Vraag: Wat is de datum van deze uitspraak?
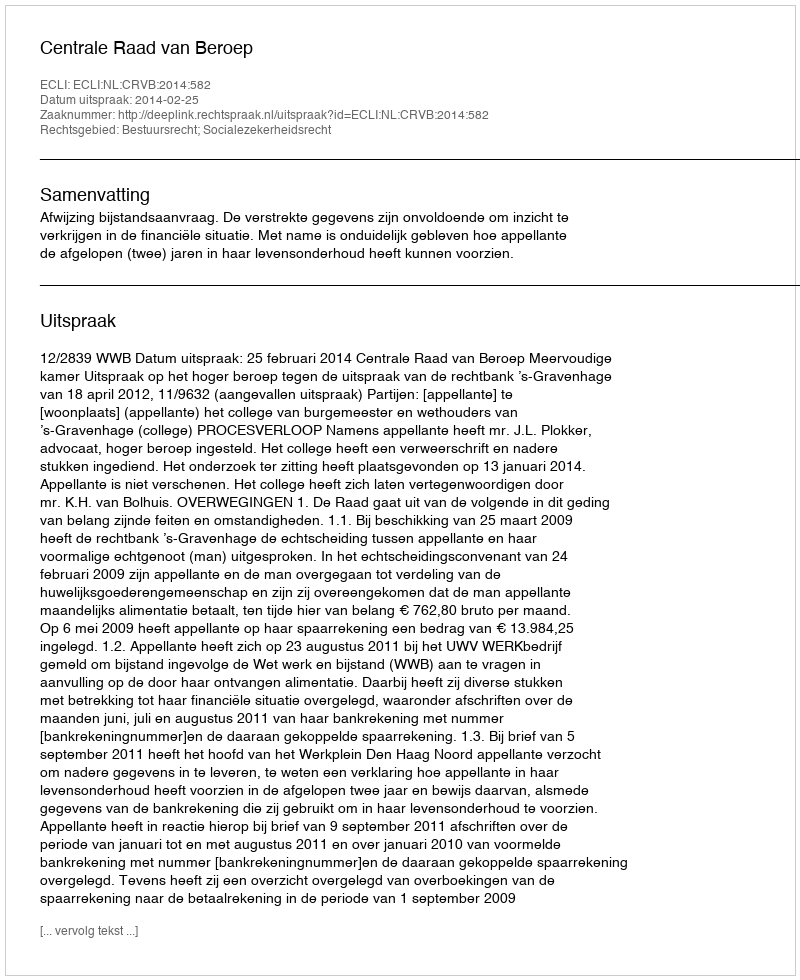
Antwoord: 2014-02-25